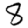
Digit: 8